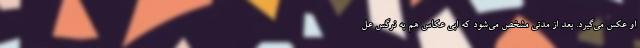
او عکس می‌گیرد. بعد از مدتی مشخص می‌شود که ابی عکاس هم به نرگس عل